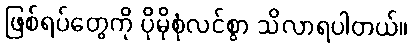
ဖြစ်ရပ်တွေကို ပိုမိုစုံလင်စွာ သိလာရပါတယ်။